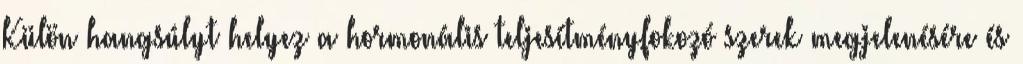
Külön hangsúlyt helyez a hormonális teljesítményfokozó szerek megjelenésére és